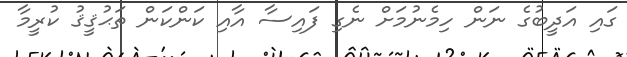
ގައި އަދީބުގެ ނަން ހިމެނުމަށް ނެގި ފައިސާ އާއި ކަންކަން ތަޙުޤީޤު ކުރީމާ